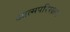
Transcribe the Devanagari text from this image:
आत्मपरिरक्षण